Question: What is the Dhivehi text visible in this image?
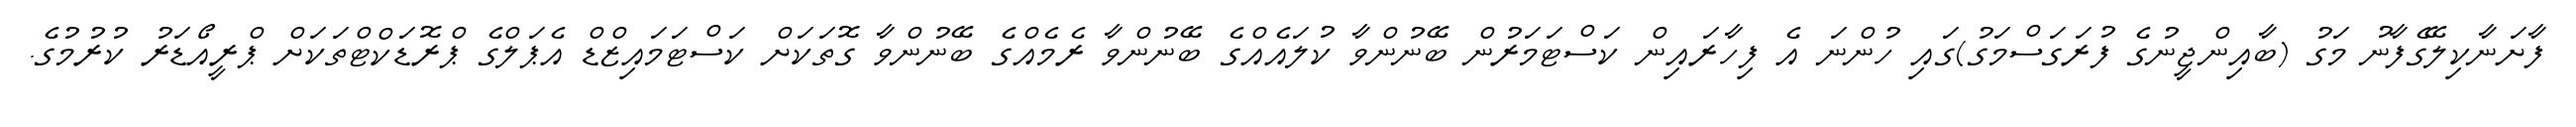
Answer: ފާށަނާކިލޭގެފާނު މަގު (ބާއިންޖީނުގެ ފުރަގަސްމަގު)ގައި ހުންނަ އެ ފިހާރައިން ކަސްޓަމަރުން ބޭނުންވާ ކުލައެއްގެ ބޭނުންވާ ރެމެއްގެ ބޭނުންވާ ގޮތަކަށް ކަސްޓަމައިޒްޑް އެޕަލްގެ ޕްރޮޑަކްޓްތަކަށް ޕްރީއޯޑަރު ކުރުމުގެ.